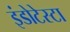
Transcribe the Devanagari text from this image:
इंडोटेस्टा